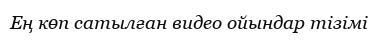
Ең көп сатылған видео ойындар тізімі